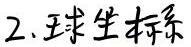
2. 球坐标系